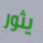
يثور